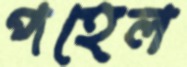
পহেল